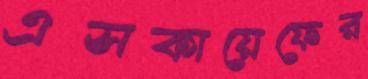
এসকায়েফের